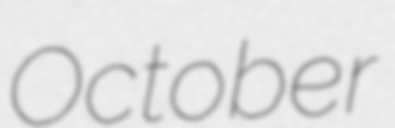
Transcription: October